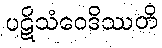
ပဋိသံဝေဒိဿတိ